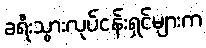
ခရီးသွားလုပ်ငန်းရှင်များက